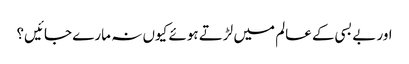
اور بے بسی کے عالم میں لڑتے ہوئے کیوں نہ مارے جائیں؟